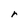
Character: r